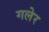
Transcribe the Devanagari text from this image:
गलेर